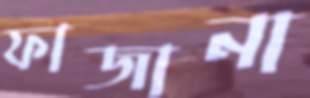
ফাজানা